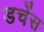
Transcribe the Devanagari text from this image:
डचेंस